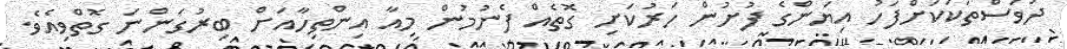
ދުވަސްތަކަކަށްފަހު އިޔަންގެ ފުށުން ހަރުކަށި ގޮތެއް ފެނުމުން މިއާ އިންތިހާއަށް ބިރުގަންނަ ގޮތްވިއެވެ.